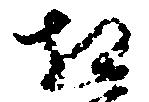
相